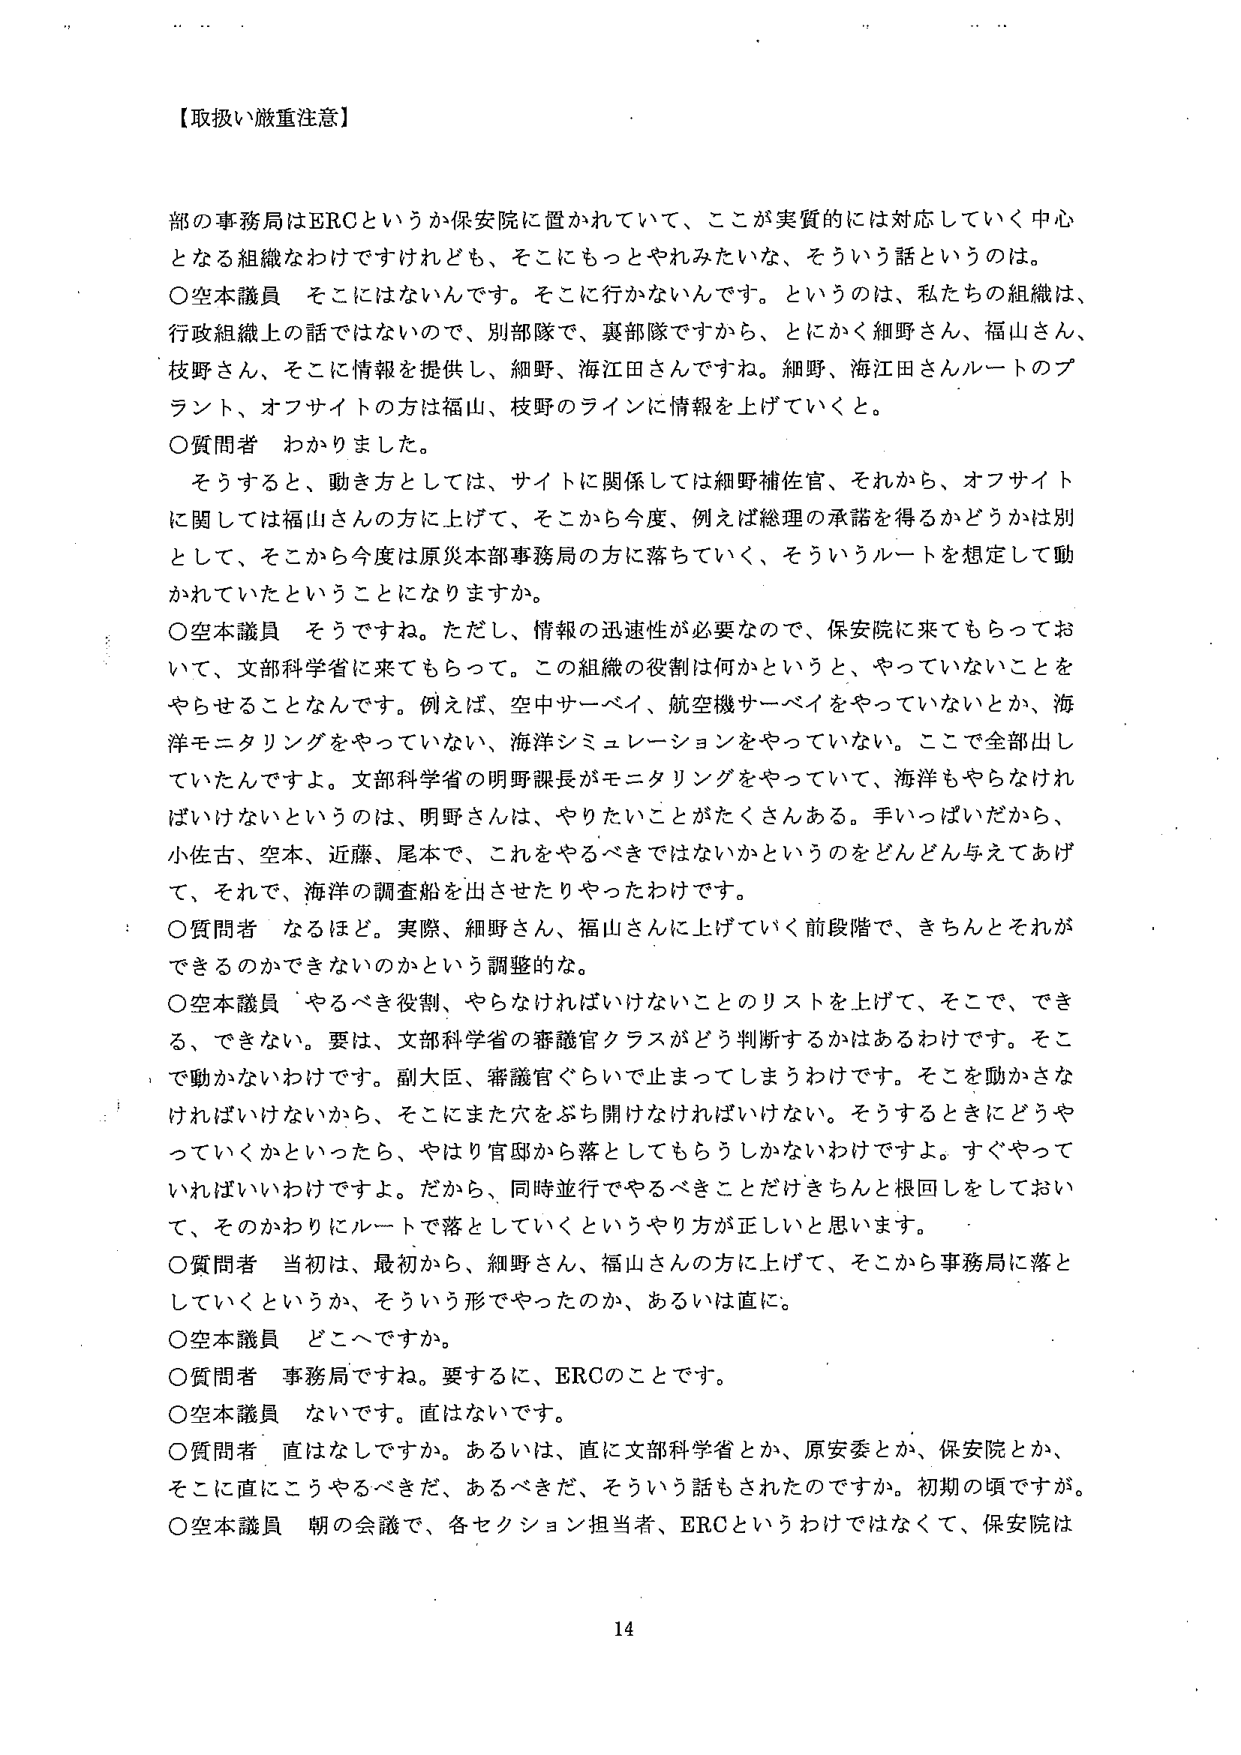
【取扱い厳重注意】

部の事務局はERCというか保安院に置かれていて、ここが実質的には対応していく中心となる組織なわけですけれども、そこにもっとやれみたいな、そういう話というのは。

○空本議員　そこにはないんです。そこに行かないんです。というのは、私たちの組織は、行政組織上の話ではないので、別部隊で、裏部隊ですから、とにかく細野さん、福山さん、枝野さん、そこに情報を提供し、細野、海江田さんですね。細野、海江田さんルートのプラント、オフサイトの方は福山、枝野のラインに情報を上げていくと。

○質問者　わかりました。

そうすると、動き方としては、サイトに関係しては細野補佐官、それから、オフサイトに関しては福山さんの方に上げて、そこから今度、例えば総理の承諾を得るかどうかは別として、そこから今度は原災本部事務局の方に落ちていく、そういうルートを想定して動かれていたということになりますか。

○空本議員　そうですね。ただし、情報の迅速性が必要なので、保安院に来てもらっておいて、文部科学省に来てもらって。この組織の役割は何かというと、やっていないことをやらせることなんです。例えば、空中サーベイ、航空機サーベイをやっていないとか、海洋モニタリングをやっていない、海洋シミュレーションをやっていない。ここで全部出していただいたんですよ。文部科学省の明野課長がモニタリングをやっていて、海洋もやらなければいけないというのは、明野さんは、やりたいことがたくさんある。手いっぱいだから、小佐古、空本、近藤、尾本で、これをやるべきではないかというのをどんどん与えてあげて、それで、海洋の調査船を出させたりやったわけです。

○質問者　なるほど。実際、細野さん、福山さんに上げていく前段階で、きちんとそれができるのかできないのかという調整的な。

○空本議員　やるべき役割、やらなければいけないことのリストを上げて、そこで、できる、できない。要は、文部科学省の審議官クラスがどう判断するかはあるわけです。そこで動かないわけです。副大臣、審議官ぐらいで止まってしまうわけです。そこを動かさなければならないから、そこにまた穴をぶち開けなければいけない。そうするときにどうやっていくかといったら、やはり官邸から落としてもらうしかないわけですよ。すぐやっていればいいわけですよ。だから、同時並行でやるべきことだけきちんと根回しをしておいて、そのかわりにルートで落としていくというやり方が正しいと思います。

○質問者　当初は、最初から、細野さん、福山さんの方に上げて、そこから事務局に落としていくというか、そういう形でやったのか、あるいは直に。

○空本議員　どこへですか。

○質問者　事務局ですね。要するに、ERCのことです。

○空本議員　ないです。直はないです。

○質問者　直はなしですか。あるいは、直に文部科学省とか、原安委とか、保安院とか、そこに直にこうやるべきだ、あるべきだ、そういう話もされたのですか。初期の頃ですが。

○空本議員　朝の会議で、各セクション担当者、ERCというわけではなくて、保安院は

14